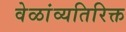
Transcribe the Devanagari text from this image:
वेळांव्यतिरिक्त